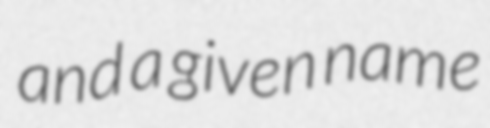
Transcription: and a given name